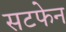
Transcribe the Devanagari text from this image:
सटफेन